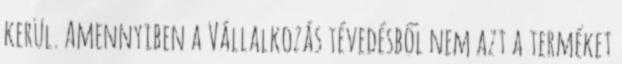
kerül. Amennyiben a Vállalkozás tévedésből nem azt a terméket